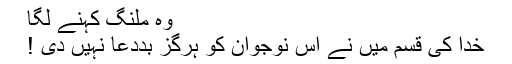
وہ ملنگ کہنے لگا
خدا کی قسم میں نے اِس نوجوان کو ہرگِز بَددعا نہیں دی !